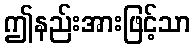
ဤနည်းအားဖြင့်သာ